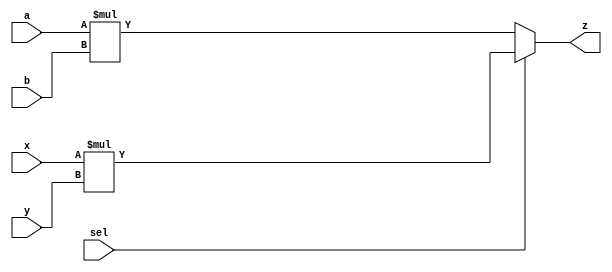
module Q3a (
    input sel,input [3:0] a,input [3:0]b,input [3:0]x, input [3:0]y, output reg [7:0]z
);

always @(*) begin
        if (sel == 1'b0) begin
            z = a * b;
        end       
	    else begin
            z = x * y;
        end
    end

endmodule